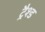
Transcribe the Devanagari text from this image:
ट्रैश्ड